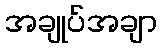
အချုပ်အချာ